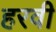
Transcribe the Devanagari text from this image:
हरवी